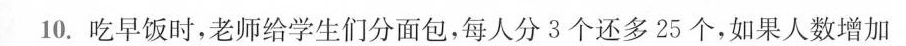
10.吃早饭时，老师给学生们分面包，每人分3个还多25个，如果人数增加